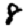
Digit: 8